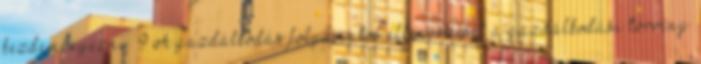
kezdeményezni. 9 A gazdálkodás folyamatos ellenőrzését a gazdálkodási törvény